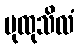
ပုထုသိလံ